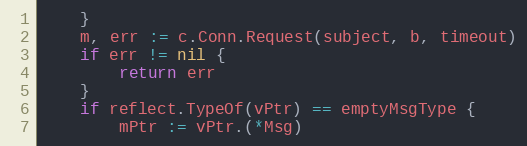
Language: Go
	}
	m, err := c.Conn.Request(subject, b, timeout)
	if err != nil {
		return err
	}
	if reflect.TypeOf(vPtr) == emptyMsgType {
		mPtr := vPtr.(*Msg)